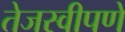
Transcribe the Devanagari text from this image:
तेजस्वीपणे